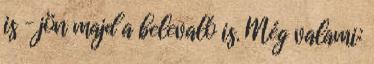
is – jön majd a belevaló is. Még valami: